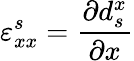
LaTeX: \varepsilon_{xx}^{s}=\frac{\partial d_{s}^{x}}{\partial x}